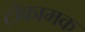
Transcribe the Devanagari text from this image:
टोकामक